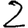
Digit: 2